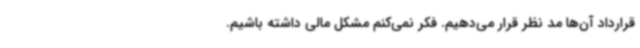
قرارداد آن‌ها مد نظر قرار می‌دهیم. فکر نمی‌کنم مشکل مالی داشته باشیم.